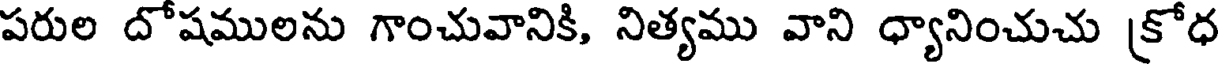
పరుల దోషములను గాంచువానికి, నిత్యము వాని ధ్యానించుచు [కోధ